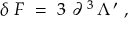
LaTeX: \delta \; { \cal F } \ = \ 3 \ \partial ^ { \; 3 } \, \Lambda ^ { \; \prime } \ ,